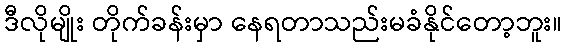
ဒီလိုမျိုး တိုက်ခန်းမှာ နေရတာသည်းမခံနိုင်တော့ဘူး။